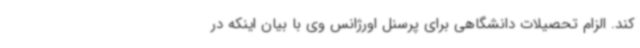
کند. الزام تحصیلات دانشگاهی برای پرسنل اورژانس وی با بیان اینکه در